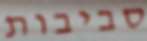
סביבות